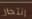
إنتحار